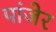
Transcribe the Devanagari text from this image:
पांजेर